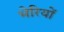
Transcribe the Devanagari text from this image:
भेरियों